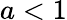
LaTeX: a<1